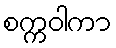
စက္ကဝါကာ